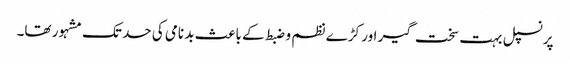
پرنسپل بہت سخت گیر اور کڑے نظم و ضبط کے باعث بد نامی کی حد تک مشہور تھا۔